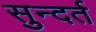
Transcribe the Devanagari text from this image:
सुन्दर्त